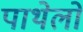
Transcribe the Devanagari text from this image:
पाथेलो